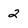
Character: 2